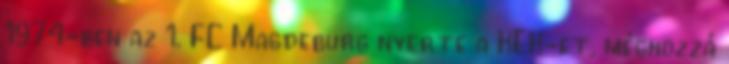
1974-ben az 1. FC Magdeburg nyerte a KEK-et, méghozzá